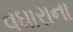
વઘારાના